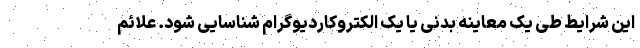
این شرایط طی یک معاینه بدنی یا یک الکتروکاردیوگرام شناسایی شود. علائم